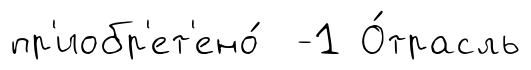
пр'иобр'ет'ено́ -1 О́трасль